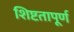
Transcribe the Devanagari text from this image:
शिष्टतापूर्ण